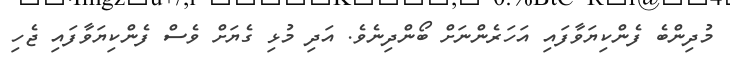
މުދިންބެ ފެންކިޔަވާފައި އަހަރެންނަށް ބޯންދިނެވެ. އަދި މުޅި ގެޔަށް ވެސް ފެންކިޔަވާފައި ޖެހި